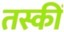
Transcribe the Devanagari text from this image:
तस्कीं